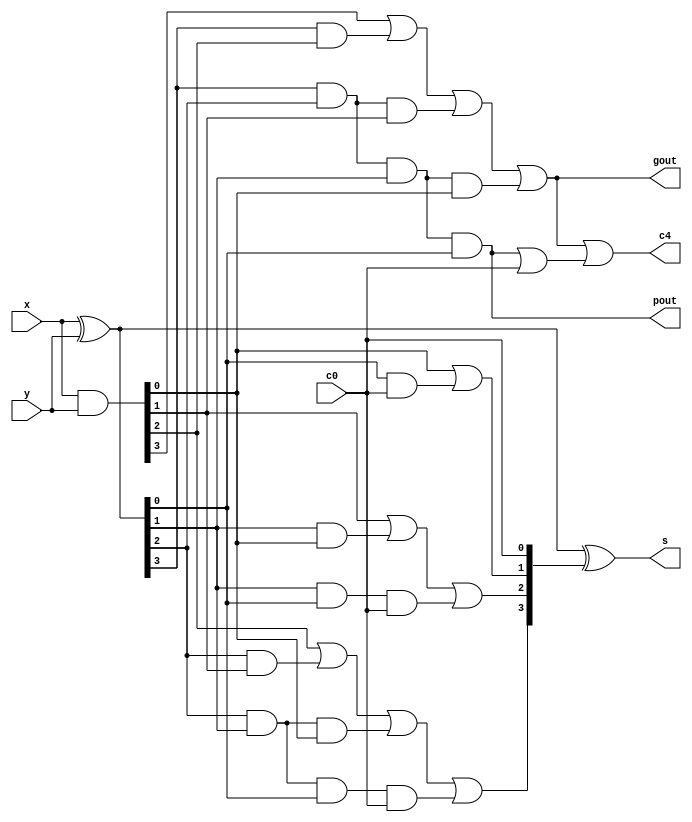
`timescale 1ns / 1ps
//////////////////////////////////////////////////////////////////////////////////
// Company: 
// Engineer: 
// 
// Design Name: 
// Module Name: adder
// Project Name: 
// Target Devices: 
// Tool Versions: 
// Description: 
// 
// Dependencies: 
// 
// Revision:
// Revision 0.01 - File Created
// Additional Comments:
// 
//////////////////////////////////////////////////////////////////////////////////


module adder(
    input [3:0] x,
    input [3:0] y,
    input c0,
    output [3:0] s,
    output c4,
    output pout, gout
    );
    wire [3:0] p, g, c;
    assign p = x ^ y;
    assign g = x & y;
    assign c[0] = c0;
    assign c[1] = g[0] | (p[0] & c[0]);
    assign c[2] = g[1] | (p[1] & g[0]) | (p[1] & p[0] & c[0]);
    assign c[3] = g[2] | (p[2] & g[1]) | (p[2] & p[1] & g[0]) | (p[2] & p[1] & p[0] & c[0]);
    assign s = p ^ c;
    assign c4 =  g[3] | (p[3] & g[2]) | (p[3] & p[2] & g[1]) | (p[3] & p[2] & p[1] & g[0]) | (p[3] & p[2] & p[1] & p[0] | c[0]);
    assign pout = p[3] & p[2] & p[1] & p[0];
    assign gout = g[3] | (p[3] & g[2]) | (p[3] & p[2] & g[1]) | (p[3] & p[2] & p[1] & g[0]);
endmodule